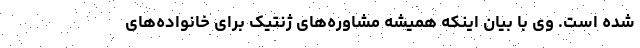
شده است. وی با بیان اینکه همیشه مشاوره‌های ژنتیک برای خانواده‌های